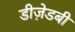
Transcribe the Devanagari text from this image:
डीज़ेडबी